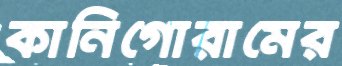
কানিগোরামের